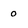
Character: o